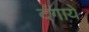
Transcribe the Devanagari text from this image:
दंगायें